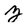
Character: Z